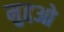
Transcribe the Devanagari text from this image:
मुद्दओ